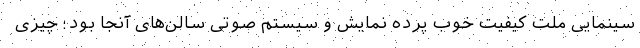
سینمایی ملت کیفیت خوب پرده نمایش و سیستم صوتی سالن‌های آنجا بود؛ چیزی